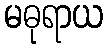
မဓုရာယ